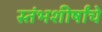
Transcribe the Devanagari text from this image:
स्तंभशीर्षांचे